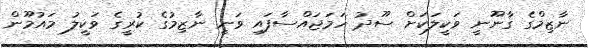
ނާޒިމްގެ ގާނޫނީ ވަކީލަކަށް ސޫދު ހަމަޖައްސާފައި ވަނީ ނާޒިމުގެ ކުރީގެ ވަކީލު މައުމޫން